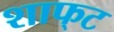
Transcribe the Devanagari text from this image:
शाफ्‌ट